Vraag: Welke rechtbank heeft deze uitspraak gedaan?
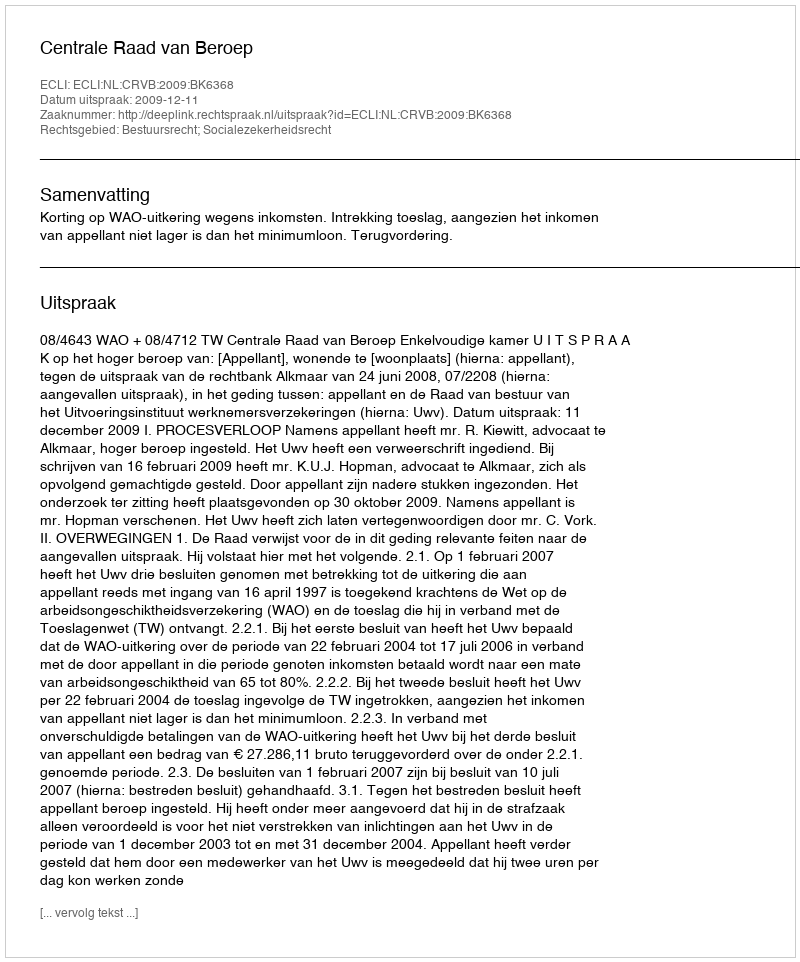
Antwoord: Centrale Raad van Beroep